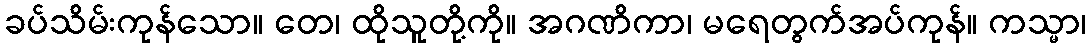
ခပ်သိမ်းကုန်သော။ တေ၊ ထိုသူတို့ကို။ အဂဏိကာ၊ မရေတွက်အပ်ကုန်။ ကသ္မာ၊